Indian journal of veterinary science and animal husbandry - Volume 10,
Year: 1940
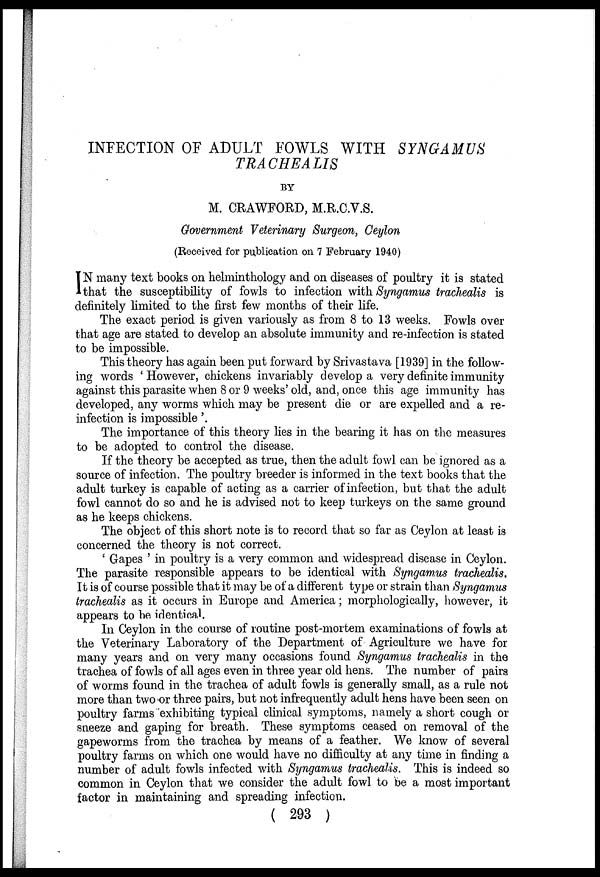
INFECTION OF ADULT FOWLS WITH SYNGAMUS
TRACHEALIS
BY
M. CRAWFORD, M.R.C.V.S.
Government Veterinary Surgeon, Ceylon
(Received for publication on 7 February 1940)
I N many text books on helminthology and on diseases of poultry it is stated
that the susceptibility of fowls to infection with Syngamus trachealis is
definitely limited to the first few months of their life.
The exact period is given variously as from 8 to 13 weeks. Fowls over
that age are stated to develop an absolute immunity and re-infection is stated
to be impossible.
This theory has again been put forward by Srivastava [1939] in the follow-
ing words 'However, chickens invariably develop a very definite immunity
against this parasite when 8 or 9 weeks' old, and, once this age immunity has
developed, any worms which may be present die or are expelled and a re-
infection is impossible'.
The importance of this theory lies in the bearing it has on the measures
to be adopted to control the disease.
If the theory be accepted as true, then the adult fowl can be ignored as a
source of infection. The poultry breeder is informed in the text books that the
adult turkey is capable of acting as a carrier of infection, but that the adult
fowl cannot do so and he is advised not to keep turkeys on the same ground
as he keeps chickens.
The object of this short note is to record that so far as Ceylon at least is
concerned the theory is not correct.
' Gapes ' in poultry is a very common and widespread disease in Ceylon.
The parasite responsible appears to be identical with Syngamus trachealis.
It is of course possible that it may be of a different type or strain than Syngamus
trachealis as it occurs in Europe and America; morphologically, however, it
appears to be identical.
In Ceylon in the course of routine post-mortem examinations of fowls at
the Veterinary Laboratory of the Department of Agriculture we have for
many years and on very many occasions found Syngamus trachealis in the
trachea of fowls of all ages even in three year old hens. The number of pairs
of worms found in the trachea of adult fowls is generally small, as a rule not
more than two or three pairs, but not infrequently adult hens have been seen on
poultry farms exhibiting typical clinical symptoms, namely a short cough or
sneeze and gaping for breath. These symptoms ceased on removal of the
gapeworms from the trachea by means of a feather. We know of several
poultry farms on which one would have no difficulty at any time in finding a
number of adult fowls infected with Syngamus trachealis. This is indeed so
common in Ceylon that we consider the adult fowl to be a most important
factor in maintaining and spreading infection.
( 293 )